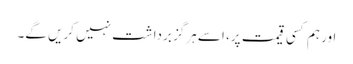
اور ہم کسی قیمت پر، اِسے ہرگز برداشت نہیں کریں گے۔